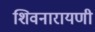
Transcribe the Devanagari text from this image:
शिवनारायणी